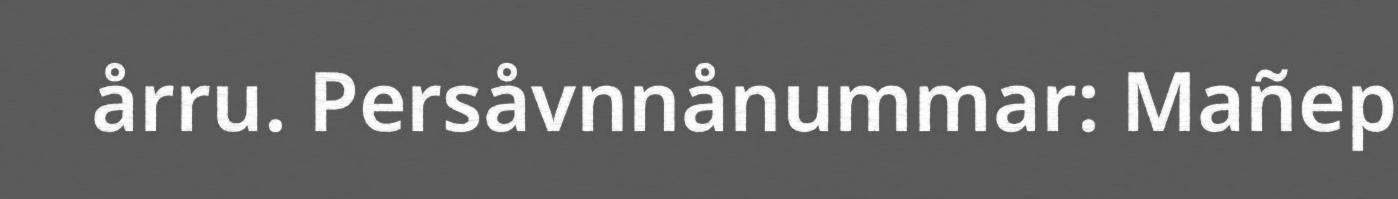
årru. Persåvnnånummar: Mañep